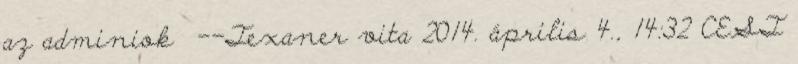
az adminiok --Texaner vita 2014. április 4., 14:32 CEST